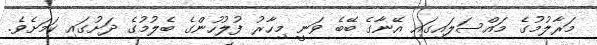
މަރާލުމުގެ މައްސަލައިގައި އޭނާގެ ބޭބެ ވަނީ މިހާރު ފުލުހުންގެ ބެލުމުގެ ދަށުގައި ކަމަށެވެ.